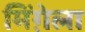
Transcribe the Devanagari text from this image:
मिंग़ेला